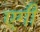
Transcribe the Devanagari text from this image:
एगी